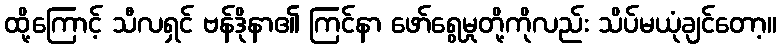
ထို့ကြောင့် သီလရှင် ဗန်ဒိုနာ၏ ကြင်နာ ဖော်ရွေမှုတို့ကိုလည်း သိပ်မယုံချင်တော့။